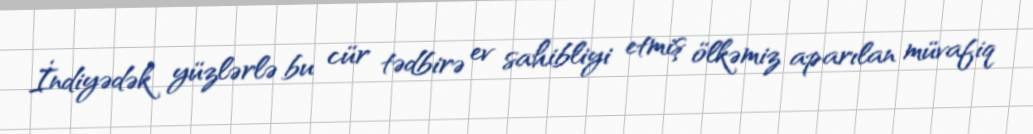
İndiyədək yüzlərlə bu cür tədbirə ev sahibliyi etmiş ölkəmiz aparılan müvafiq